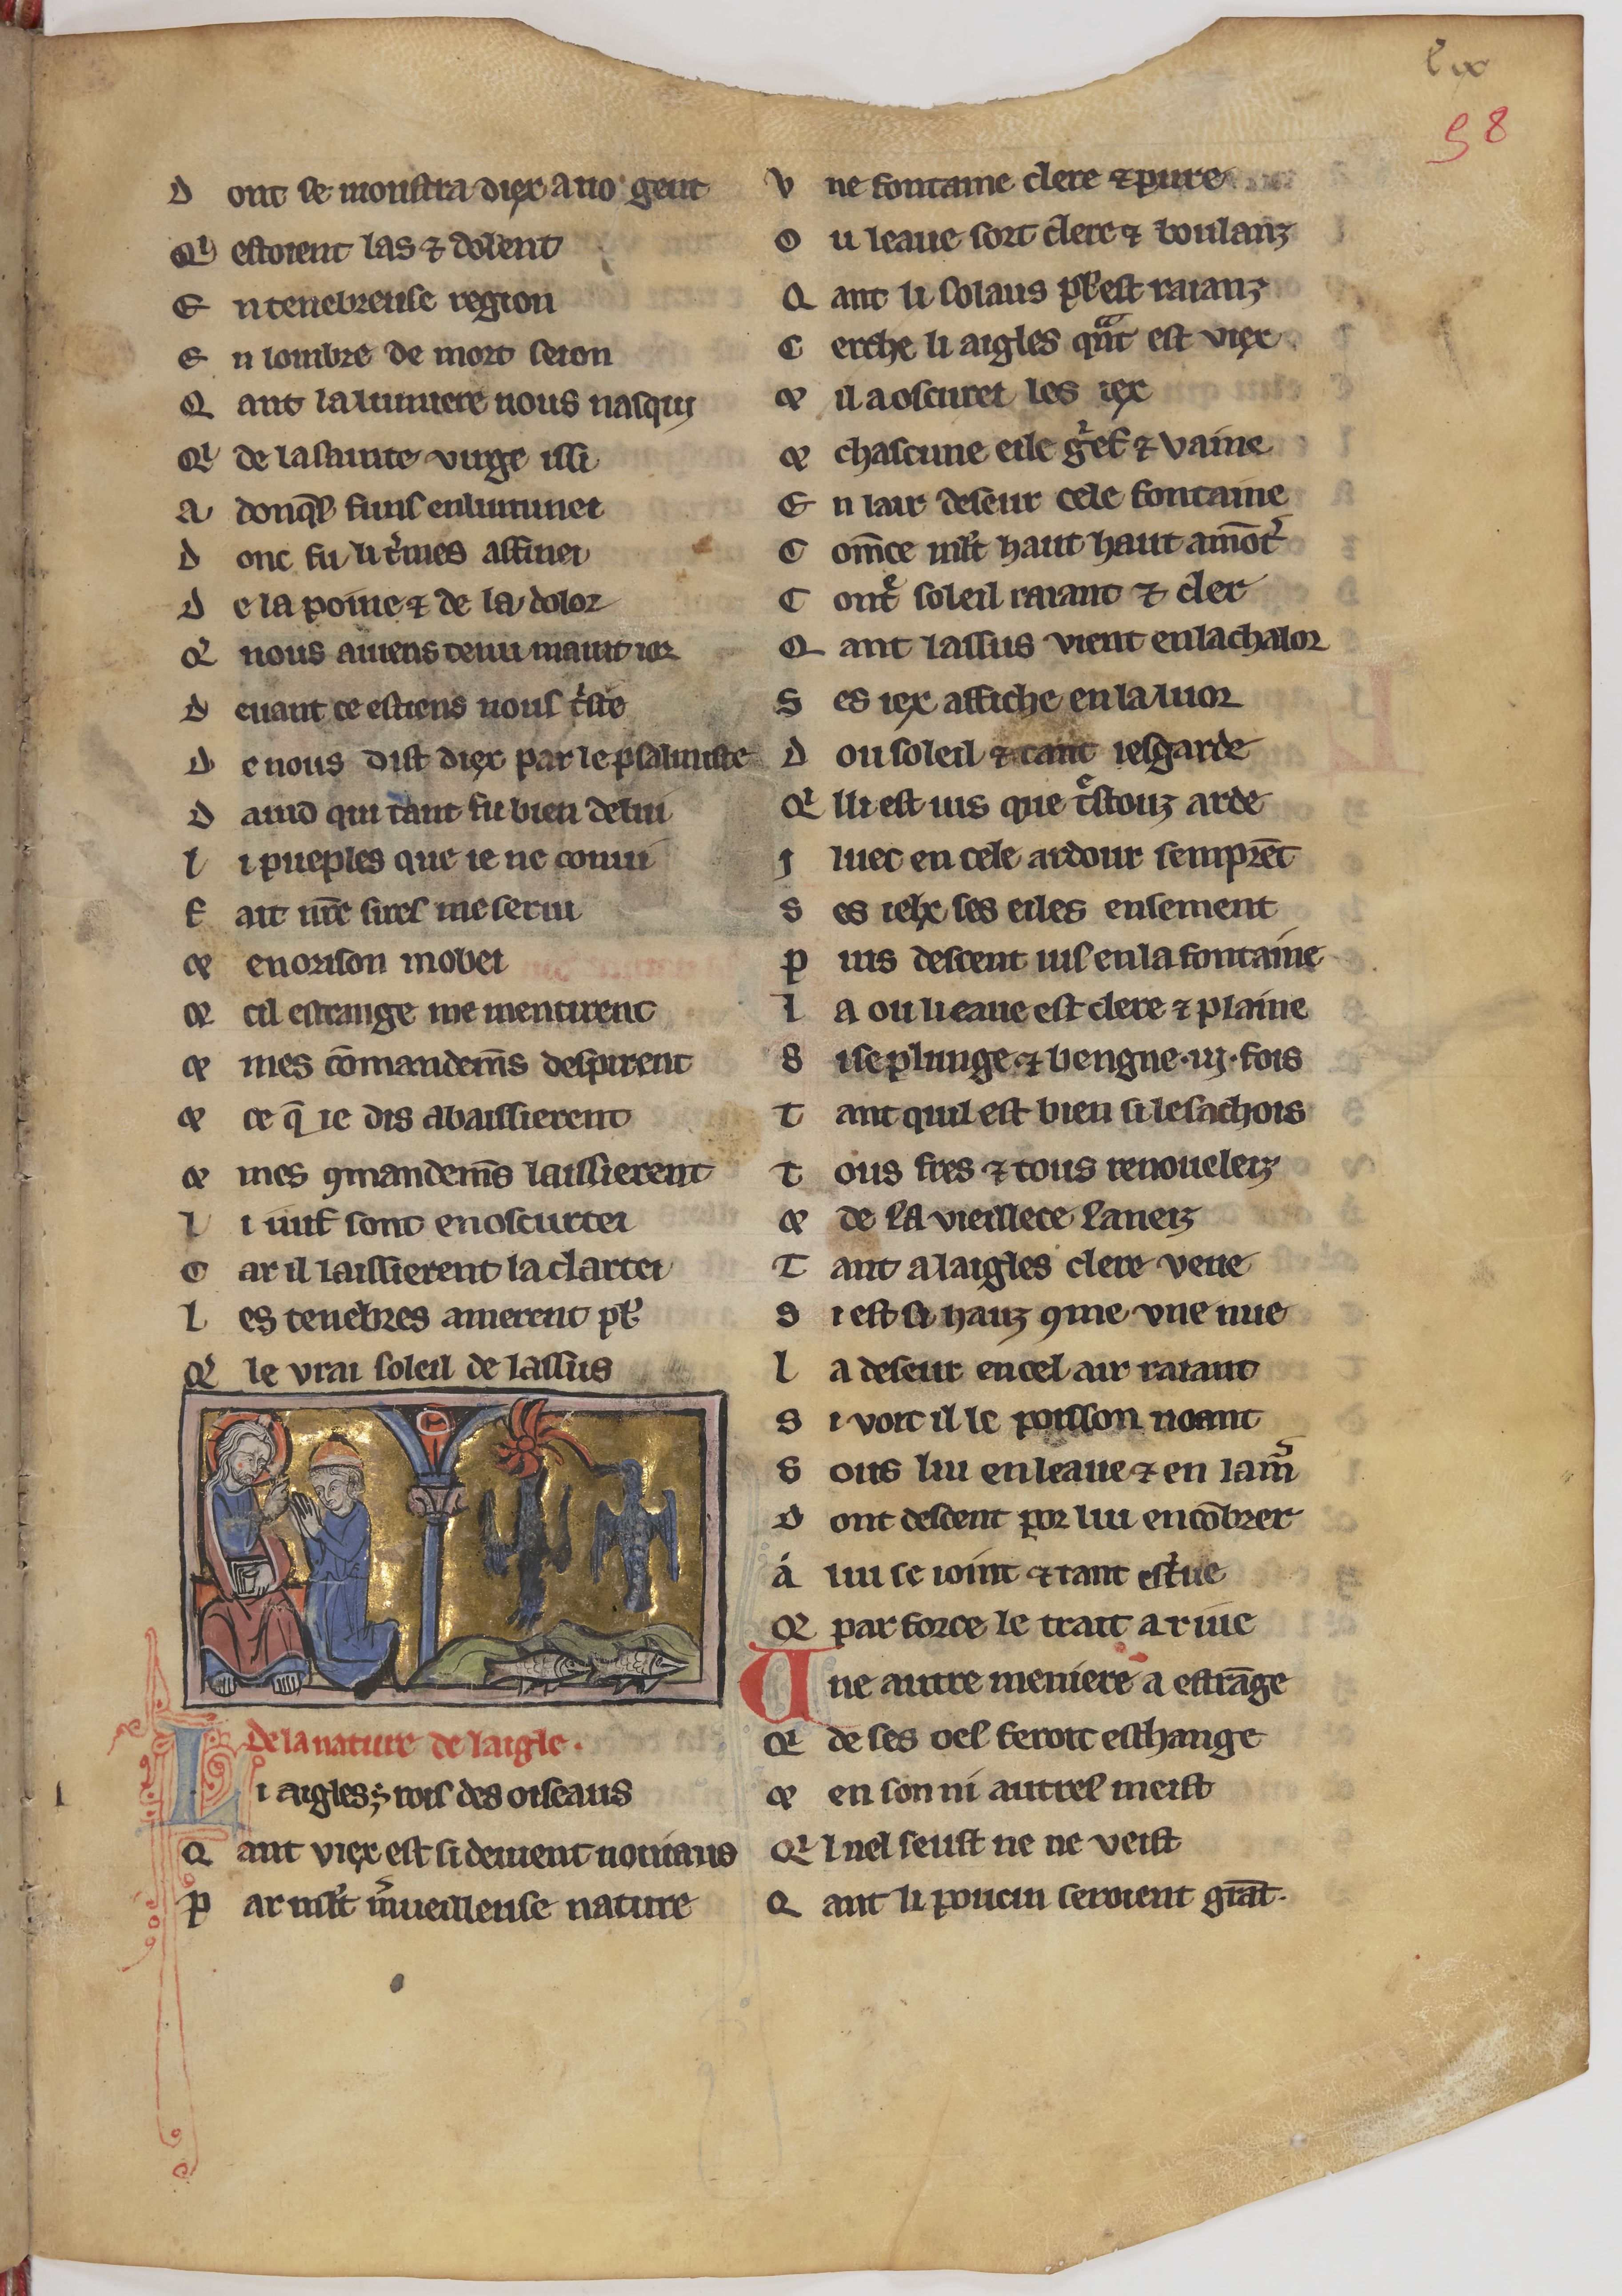
Shelfmark: Paris, BnF, fr. 24428
Century: 13